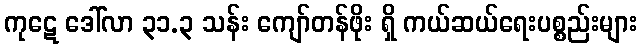
ကုဋေ ဒေါ်လာ ၃၁.၃ သန်း ကျော်တန်ဖိုး ရှိ ကယ်ဆယ်ရေးပစ္စည်းများ